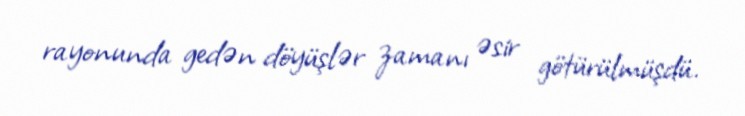
rayonunda gedən döyüşlər zamanı əsir götürülmüşdü.